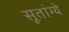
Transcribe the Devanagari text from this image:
सूतांग्ये